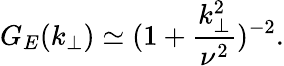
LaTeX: G_{E}(k_{\perp})\simeq(1+\frac{k_{\perp}^{2}}{\nu^{2}})^{-2}.